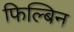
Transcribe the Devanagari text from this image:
फिल्बिन